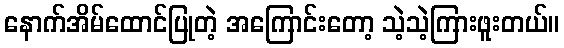
နောက်အိမ်ထောင်ပြုတဲ့ အကြောင်းတော့ သဲ့သဲ့ကြားဖူးတယ်။